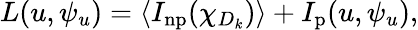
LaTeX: \begin{array}{r}{L(u,\psi_{u})=\langle I_{\mathrm{np}}(\chi_{D_{k}})\rangle+I_{\mathrm{p}}(u,\psi_{u}),}\end{array}